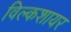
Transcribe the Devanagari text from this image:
विल्कशायर